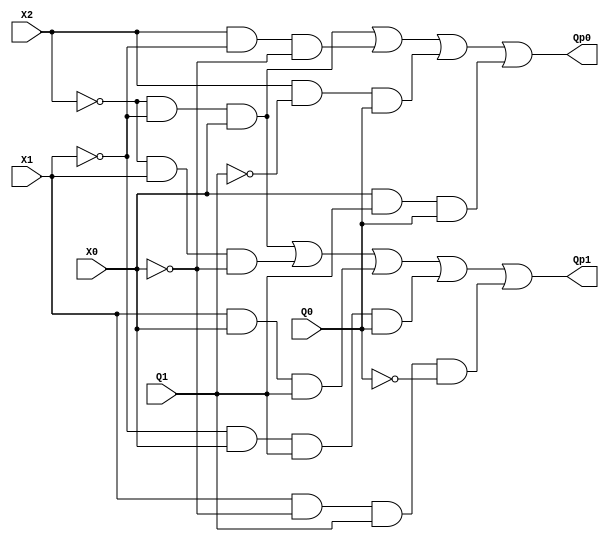
`timescale 1ns / 1ps
//////////////////////////////////////////////////////////////////////////////////
// Company: 
// Engineer: 
// 
// Design Name: 
// Module Name: Arbiter_Moore
// Project Name: 
// Target Devices: 
// Tool Versions: 
// Description: 
// 
// Dependencies: 
// 
// Revision:
// Revision 0.01 - File Created
// Additional Comments:
// 
//////////////////////////////////////////////////////////////////////////////////


module Arbiter_Moore(
    input wire X2,
    input wire X1,
    input wire X0,
    input wire Q1,
    input wire Q0,
    output wire Qp1,
    output wire Qp0
    );
    
    wire L01;
    wire L02;
    wire L03;
    assign Qp0 = ((~X2) & (~X1) & X0) |
                (X2 & (~X1) & (~X0)) |
                (X2 & (~Q1) & (Q0)) |
                (X0 & (Q1) & (Q0));
    
    wire L11;
    wire L12;
    wire L13;
    assign Qp1 = ((~X2) & (~X1) & X0) |
                ((~X2) & X1 & (~X0)) |
                (X1 & (X0) & (Q1)) |
                ((~X1) & (X0) & (Q1) & (Q0)) |
                ((X1) & (~X0) & (Q1) & (~Q0));
    
    
endmodule